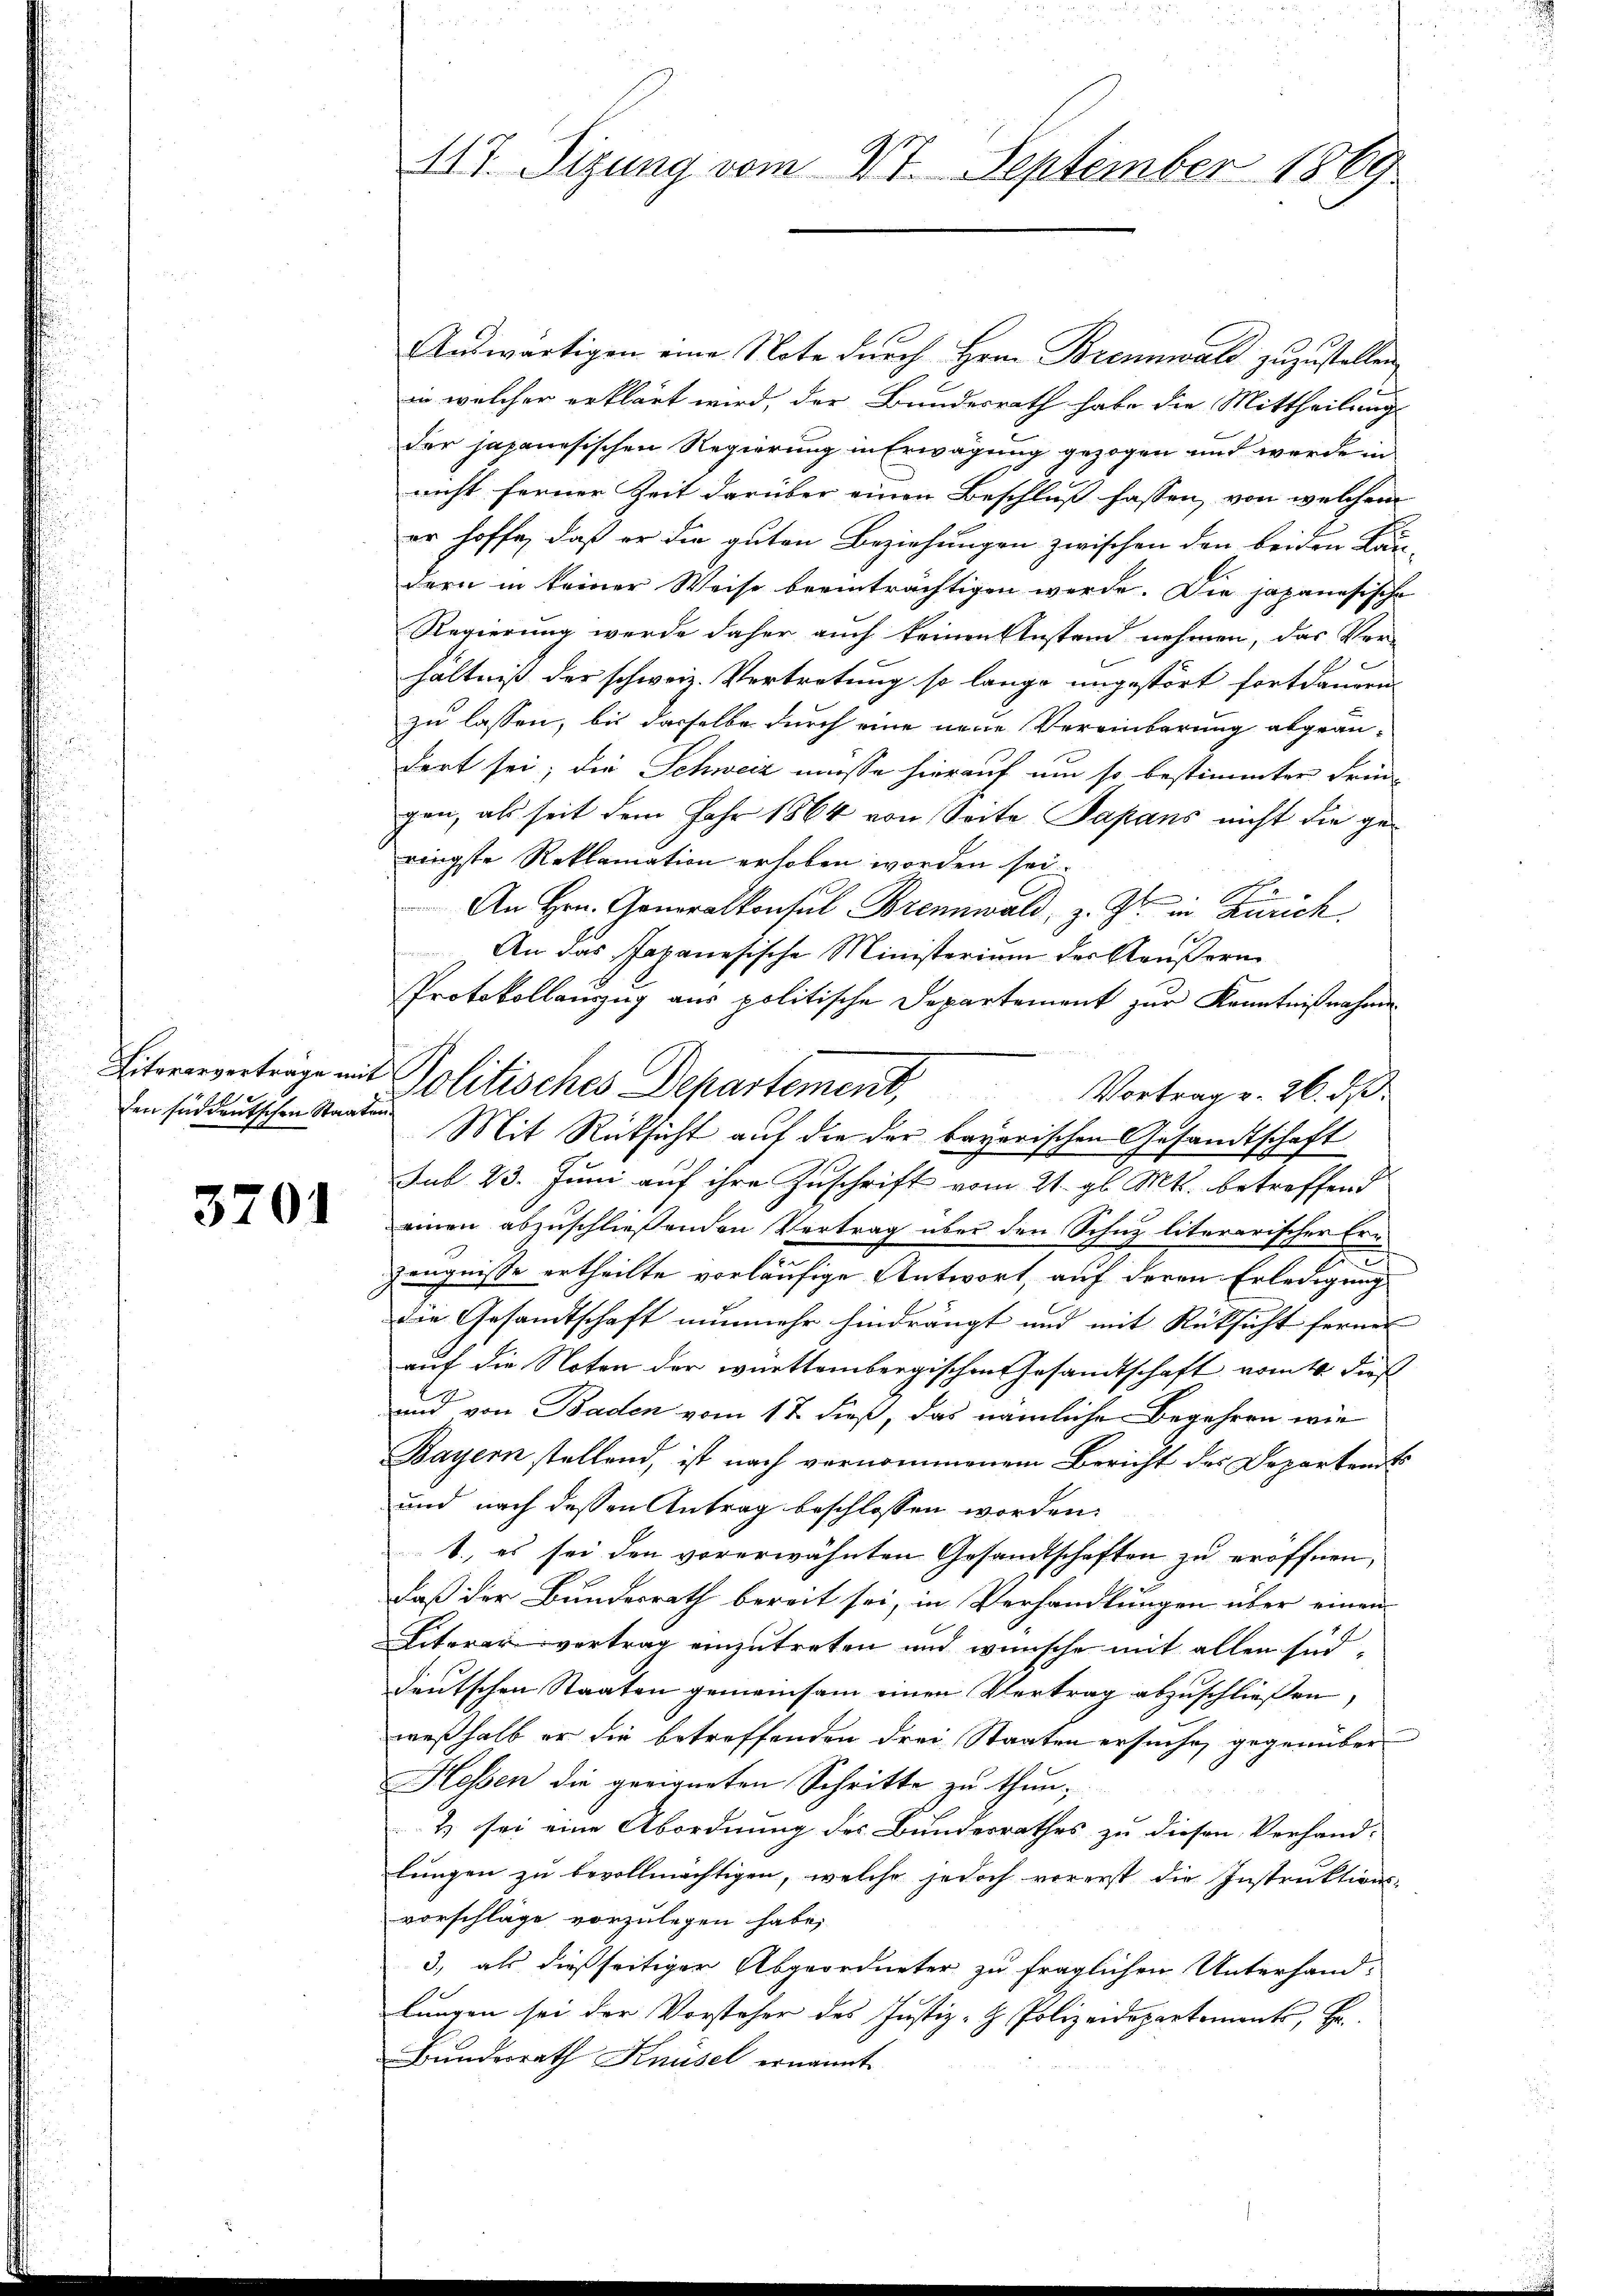
den süddeutschen Staat

3701

117. Sitzung vom 27. September 1869

Auswärtigen eine Note durch Hrn. Brennwald zuzustellen
in welcher erklärt wird, der Bundesrath habe die Mittheilung
der japanesischen Regierung in Erwägung gezogen und werde in
nicht ferner Zeit darüber einen Beschluß fassen, von welchem
er hoffe, daß er die guten Beziehungen zwischen den beiden Län-
dern in keiner Weise beeinträchtigen werde. Die japanesische
Regierung werde daher auch keinen Anstand nehmen, das Ver-
hältniß der schweiz. Vertretung so lange ungestört fortdauern.
zu lassen, bis dasselbe durch eine neue Vereinbarung abgeändert sei; die Schweiz müsse hierauf um so bestimmter dringen, als seit dem Jahr 1864 von Seite Papans nicht die geringste Reklamation erhoben worden sei.
.
An Hrn. Generalkonsul Brennwald, z. Gs. in Zürich
An das Japanesische Ministerium der Käußern
Protokollauszug aus politische Departement zur Kenntnißnahme
Eiteresverträge mit Politisches Departement.
Vortrag v. 26. dß.
n
Mit Rücksicht auf die der bayerischen Gesandtschaft
sub 23. Juni auf ihre Zuschrift vom 21. gl. Mts. betreffend
einen abzuschließenden Vertrag über den Schuz literarischer Erh
Zeugnisse ertheilte vorläufige Antwort, auf deren Erledigung
die Gesandtschaft nunmehr hindrängt und mit Rücksicht ferner
auf die Noten der württembergischen Gesandtschaft vom 10. dies
und von Baden vom 17. dieß, das nämliche Begehren wie
Bayern stellend, ist nach vornommenem Bericht des Departent
und nach dessen Antrag beschlossen worden.
1. es sei den vorerwähnten Gesandtschaften zu eröffnen,
daß der Bundesrath bereit sei, in Verhandlungen über einen
Literer vertrag einzutreten und wünsche mit allen sind
deutschen Staaten gemeinsam einen Vertrag abzuschließen,
weßhalb er die betreffenden drei Staaten ersuche, gegenüber
Hlossen die geeigneten Schritte zu thun,
2) sei eine Abordnung des Bundesrathes zu diesen Verhand-
lungen zu bevollmächtigen, welche jedoch vorerst die Instruktions-
vorschläge vorzulegen habe,
3), als dießseitiger Abgeordneter zu fraglichen Unterhandlungen sei der Vorsteher des Justiz- & Polizeidepartements, Er
Bundesrath Knüsel ernannt